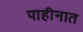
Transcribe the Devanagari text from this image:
पाहीनात